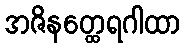
အဇိနတ္ထေရဂါထာ